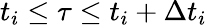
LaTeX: t_{i}\le\tau\le t_{i}+\Delta t_{i}